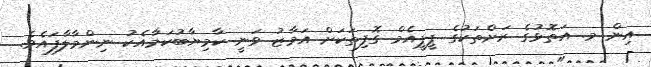
އިން މ. އަތޮޅުގެ ރަށްތަކުގެ ޕީޕީއެމް ގޮފިތަކަށް އަމާޒު ވަނީ ކާމިޔާބުކަމާއެކު ނިންމާލާފައެވެ.